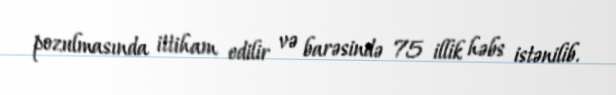
pozulmasında ittiham edilir və barəsində 75 illik həbs istənilib.